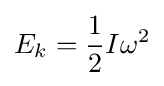
E_{k}={\frac {1}{2}}I\omega ^{2}